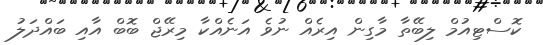
ކޮސްޓިއުމް ލިބޭތާ މާގިން އިރެއް ނުވެ އަނެއްކާ މިރޭޖް ބޮބް އާއި ބައްދަލު